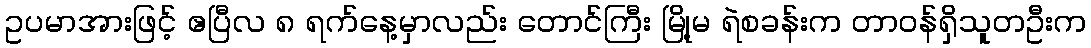
ဥပမာအားဖြင့် ဧပြီလ ၈ ရက်နေ့မှာလည်း တောင်ကြီး မြို့မ ရဲစခန်းက တာဝန်ရှိသူတဦးက